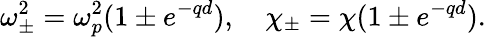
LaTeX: \omega_{\pm}^{2}=\omega_{p}^{2}(1\pm e^{-qd}),\quad\chi_{\pm}=\chi(1\pm e^{-qd}).